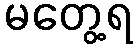
မတွေ့ရ